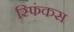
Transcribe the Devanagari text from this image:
स्फिंकस